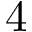
\mathrm { 4 }